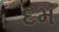
દમ